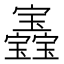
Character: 𡬏